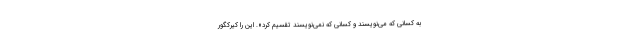
به کسانی که می‌نویسند و کسانی که نمی‌نویسند تقسیم کرد». این را کیرکگور